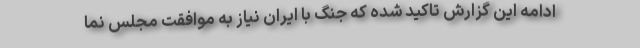
ادامه این گزارش تاکید شده که جنگ با ایران نیاز به موافقت مجلس نما